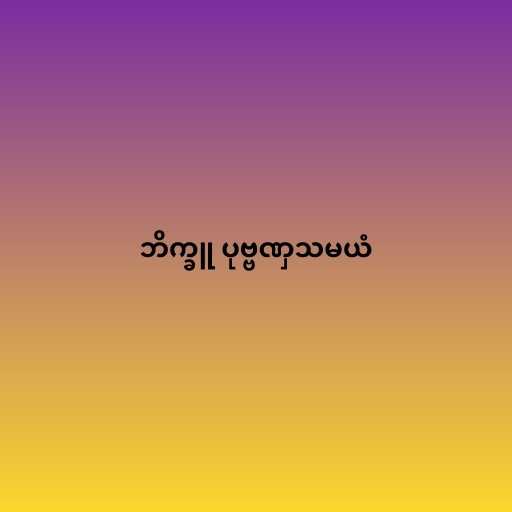
ဘိက္ခူ ပုဗ္ဗဏှသမယံ